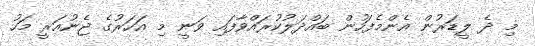
މި ދެ ލީޑަރުން އެންމެފަހުން ބައްދަލުކުރައްވާފައި ވަނީ މި އަހަރުގެ ޖެނުއަރީ މަހު